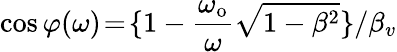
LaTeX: \cos{\varphi(\omega)}\! =\! \{ 1-\frac{\omega_{\mathrm{o}}}{\omega}\sqrt{1-\beta^{2}}\} /\beta_{v}